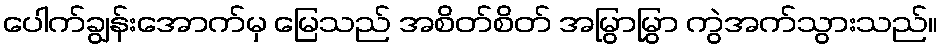
ပေါက်ချွန်းအောက်မှ မြေသည် အစိတ်စိတ် အမြွာမြွှာ ကွဲအက်သွားသည်။